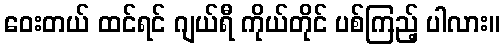
ဝေးတယ် ထင်ရင် ဂျယ်ရီ ကိုယ်တိုင် ပစ်ကြည့် ပါလား။